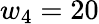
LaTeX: w_{4}=20